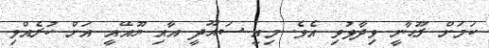
ކަމަށް ރޫޙާނީ ވިދާޅުވި އެވެ. މިއީ ސައޫދީ އާއި ޔޫއޭއީ އަށް ކުރެއްވި